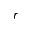
r